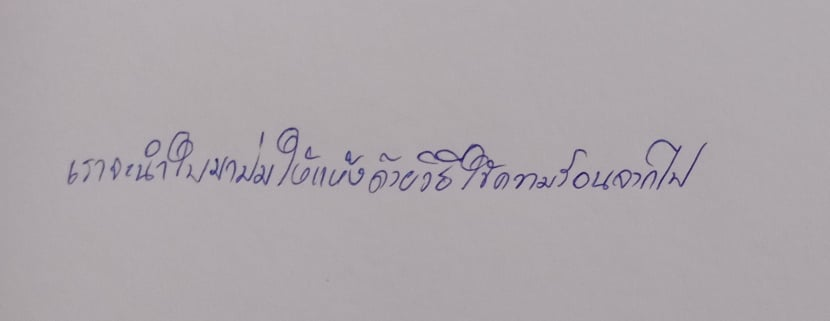
เราจะนำใบมาบ่มให้แห้งด้วยวิธีใช้ความร้อนจากไฟ